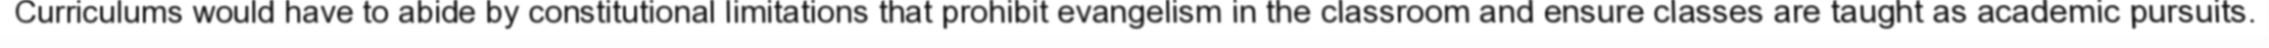
Curriculums would have to abide by constitutional limitations that prohibit evangelism in the classroom and ensure classes are taught as academic pursuits.